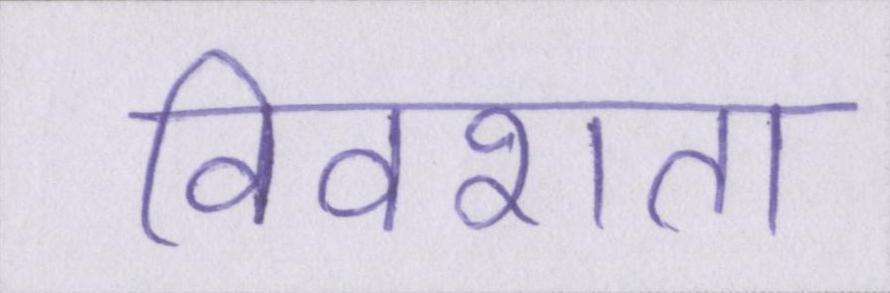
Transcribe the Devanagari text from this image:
विवशता